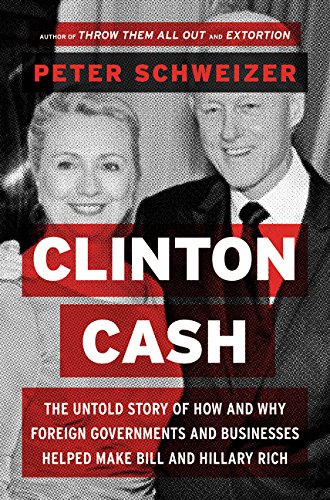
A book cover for Clinton Cash: The Untold Story of How and Why Foreign Governments and Businesses Helped Make Bill and Hillary Rich; Peter Schweizer; Politics & Social Sciences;